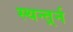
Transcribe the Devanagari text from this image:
स्थन्तर्र्न